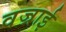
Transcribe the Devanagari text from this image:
वज्राई